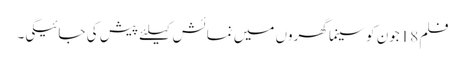
فلم 18جون کو سینما گھروں میں نمائش کیلئے پیش کی جائیگی۔